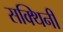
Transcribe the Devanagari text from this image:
सक्थिनी